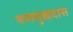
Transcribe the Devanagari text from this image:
षणमुखदास